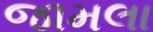
જામલા